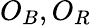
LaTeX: O_{B},O_{R}